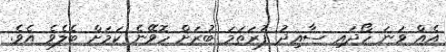
އެއް ވަނަ ހޯދައި ސާއިދު ފުރަތަމަ ބުރަށް ހޮވޭނެ ކަމަށް ބެލެވެ އެވެ.